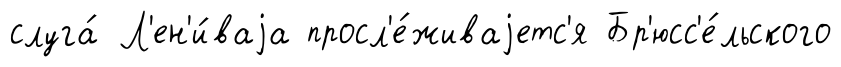
слуга́ Л'ен'и́ваjа просл'е́живаjетс'я Бр'юсс'е́льского